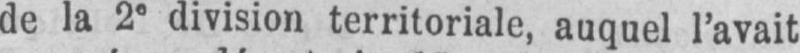
de la 2e division territoriale, auquel l’avait